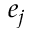
e _ { j }